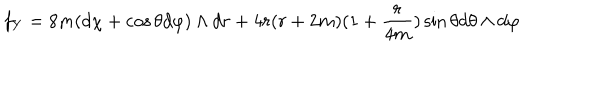
f _ { Y } = 8 m ( d \chi + \cos \theta d \varphi ) \wedge d r + 4 r ( r + 2 m ) ( 1 + \frac { r } { 4 m } ) \sin \theta d \theta \wedge d \varphi